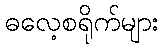
ဓလေ့စရိုက်များ